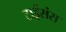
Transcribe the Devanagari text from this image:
टाईसंस